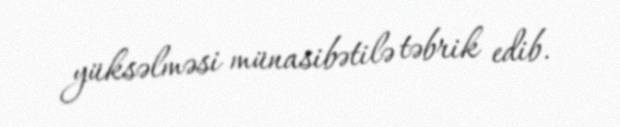
yüksəlməsi münasibətilə təbrik edib.